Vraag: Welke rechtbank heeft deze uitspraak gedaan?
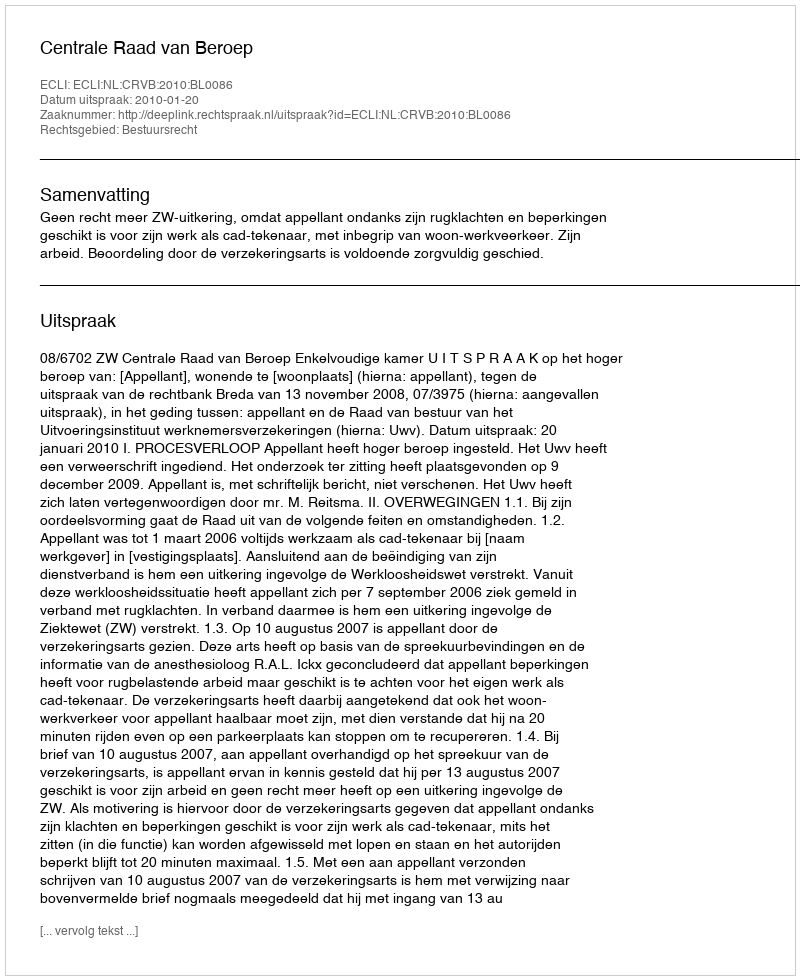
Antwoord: Centrale Raad van Beroep